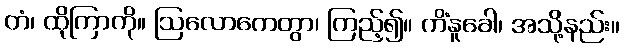
တံ၊ ထိုကြာကို။ ဩလောကေတွာ၊ ကြည့်၍။ ကိံနူခေါ၊ အသို့နည်း။